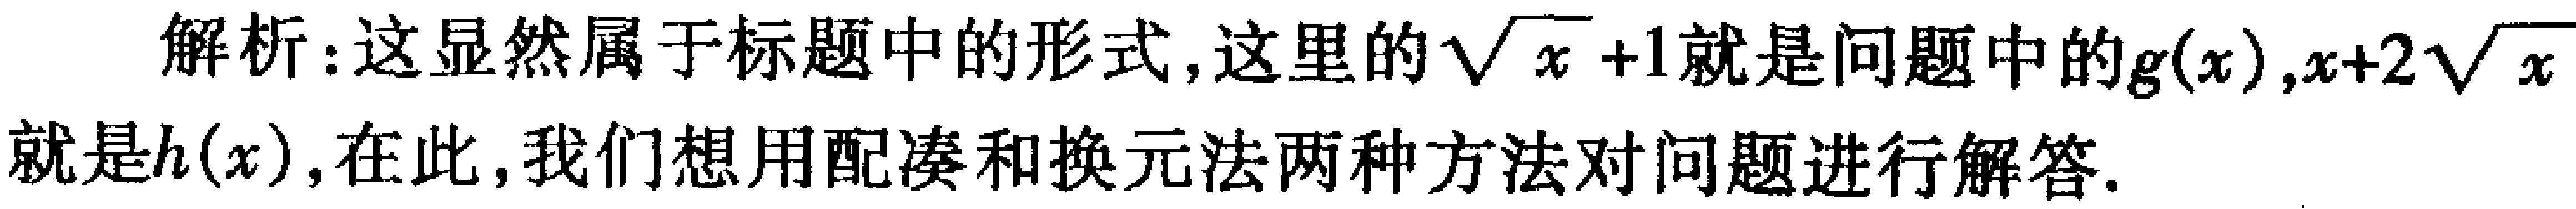
解析：这显然属于标题中的形式, 这里的\(\sqrt{x}+1\)就是问题中的\(g(x)\), \(x + 2\sqrt{x}\)就是\(h(x)\), 在此, 我们想用配凑和换元法两种方法对问题进行解答.